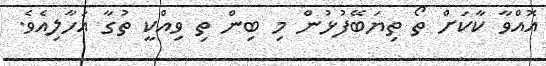
އޮއްވާ ކާކަށް ތޯ ތިޔަބޭފުޅުން މި ބިން ތި ވިއްކީ ތުގާ އަހާލިއެވެ.